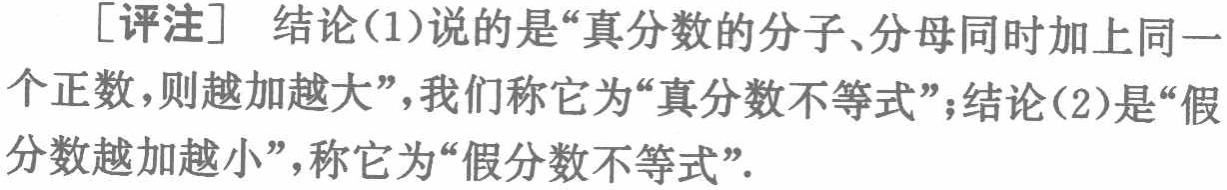
[评注] 结论(1)说的是“真分数的分子、分母同时加上同一个正数，则越加越大”，我们称它为“真分数不等式”；结论(2)是“假分数越加越小”，称它为“假分数不等式”.